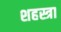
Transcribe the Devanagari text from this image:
शहस्त्रा